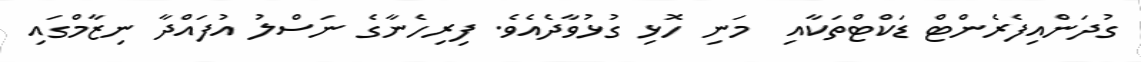
ގުދަންއިފެރެންޓް ޑަކްޓްތަކާއި  މަނި ހޮޅި ގުޅުވާދެއެވެ. ފިރިހެނާގެ ނަސްލު އުފައްދާ ނިޒާމްގައި